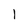
Character: l